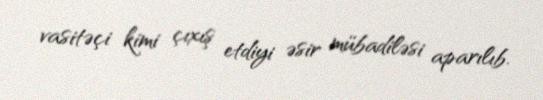
vasitəçi kimi çıxış etdiyi əsir mübadiləsi aparılıb.